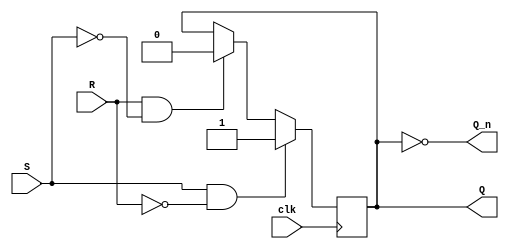
module sr_latch (
    input wire S,
    input wire R,
    input wire clk,
    output reg Q,
    output reg Q_n
);

// Internal signal to hold the latch state
reg latch_state;

// Level-sensitive latch behavior
always @(posedge clk) begin
    if (S & ~R) begin
        latch_state <= 1'b1;
    end else if (R & ~S) begin
        latch_state <= 1'b0;
    end
end

// Output logic for Q and Q_n
assign Q = latch_state;
assign Q_n = ~latch_state;

endmodule